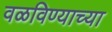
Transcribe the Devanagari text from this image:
वळविण्याच्या